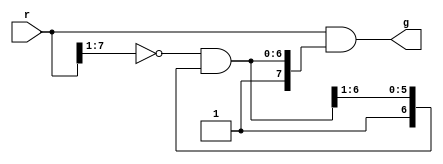
/*******************************************************************************
Copyright (c) 2012, Stanford University
All rights reserved.

Redistribution and use in source and binary forms, with or without
modification, are permitted provided that the following conditions are met:
1. Redistributions of source code must retain the above copyright
   notice, this list of conditions and the following disclaimer.
2. Redistributions in binary form must reproduce the above copyright
   notice, this list of conditions and the following disclaimer in the
   documentation and/or other materials provided with the distribution.
3. All advertising materials mentioning features or use of this software
   must display the following acknowledgement:
   This product includes software developed at Stanford University.
4. Neither the name of Stanford Univerity nor the
   names of its contributors may be used to endorse or promote products
   derived from this software without specific prior written permission.

THIS SOFTWARE IS PROVIDED BY STANFORD UNIVERSITY ''AS IS'' AND ANY
EXPRESS OR IMPLIED WARRANTIES, INCLUDING, BUT NOT LIMITED TO, THE IMPLIED
WARRANTIES OF MERCHANTABILITY AND FITNESS FOR A PARTICULAR PURPOSE ARE
DISCLAIMED. IN NO EVENT SHALL STANFORD UNIVERSITY BE LIABLE FOR ANY
DIRECT, INDIRECT, INCIDENTAL, SPECIAL, EXEMPLARY, OR CONSEQUENTIAL DAMAGES
(INCLUDING, BUT NOT LIMITED TO, PROCUREMENT OF SUBSTITUTE GOODS OR SERVICES;
LOSS OF USE, DATA, OR PROFITS; OR BUSINESS INTERRUPTION) HOWEVER CAUSED AND
ON ANY THEORY OF LIABILITY, WHETHER IN CONTRACT, STRICT LIABILITY, OR TORT
(INCLUDING NEGLIGENCE OR OTHERWISE) ARISING IN ANY WAY OUT OF THE USE OF THIS
SOFTWARE, EVEN IF ADVISED OF THE POSSIBILITY OF SUCH DAMAGE.
*******************************************************************************/
//-----------------------------------------------------------------------------
// Arbiter (arbitary width) - MSB is highest priority
//-----------------------------------------------------------------------------
module rarb #(parameter n = 8) (
    input [n-1:0] r,
    output wire [n-1:0] g
);

    wire [n-1:0] c;
    assign g = r & c;
    assign c = {1'b1, (~r[n-1:1] & c[n-1:1])};

endmodule